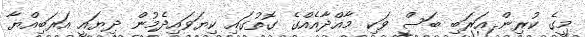
މީގެ ކުރިން އަރަބި ބަސް ވަކި މާއްދާއެއްގެ ގޮތުގައި ކިޔަވައިދެމުން ދިޔައީ އަރަބިއްޔާ